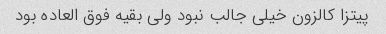
پیتزا کالزون خیلی جالب نبود ولی بقیه فوق العاده بود